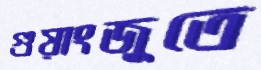
গুয়াংজুতে